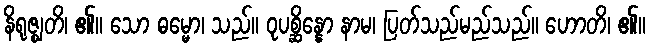
နိရုဇ္ဈတိ၊ ၏။ သော ဓမ္မော၊ သည်။ ဝုပစ္ဆိန္နော နာမ၊ ပြတ်သည်မည်သည်။ ဟောတိ၊ ၏။